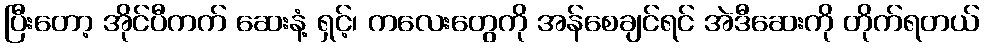
ပြီးတော့ အိုင်ပီကက် ဆေးနံ့ ရှင့်၊ ကလေးတွေကို အန်စေချင်ရင် အဲဒီဆေးကို တိုက်ရတယ်